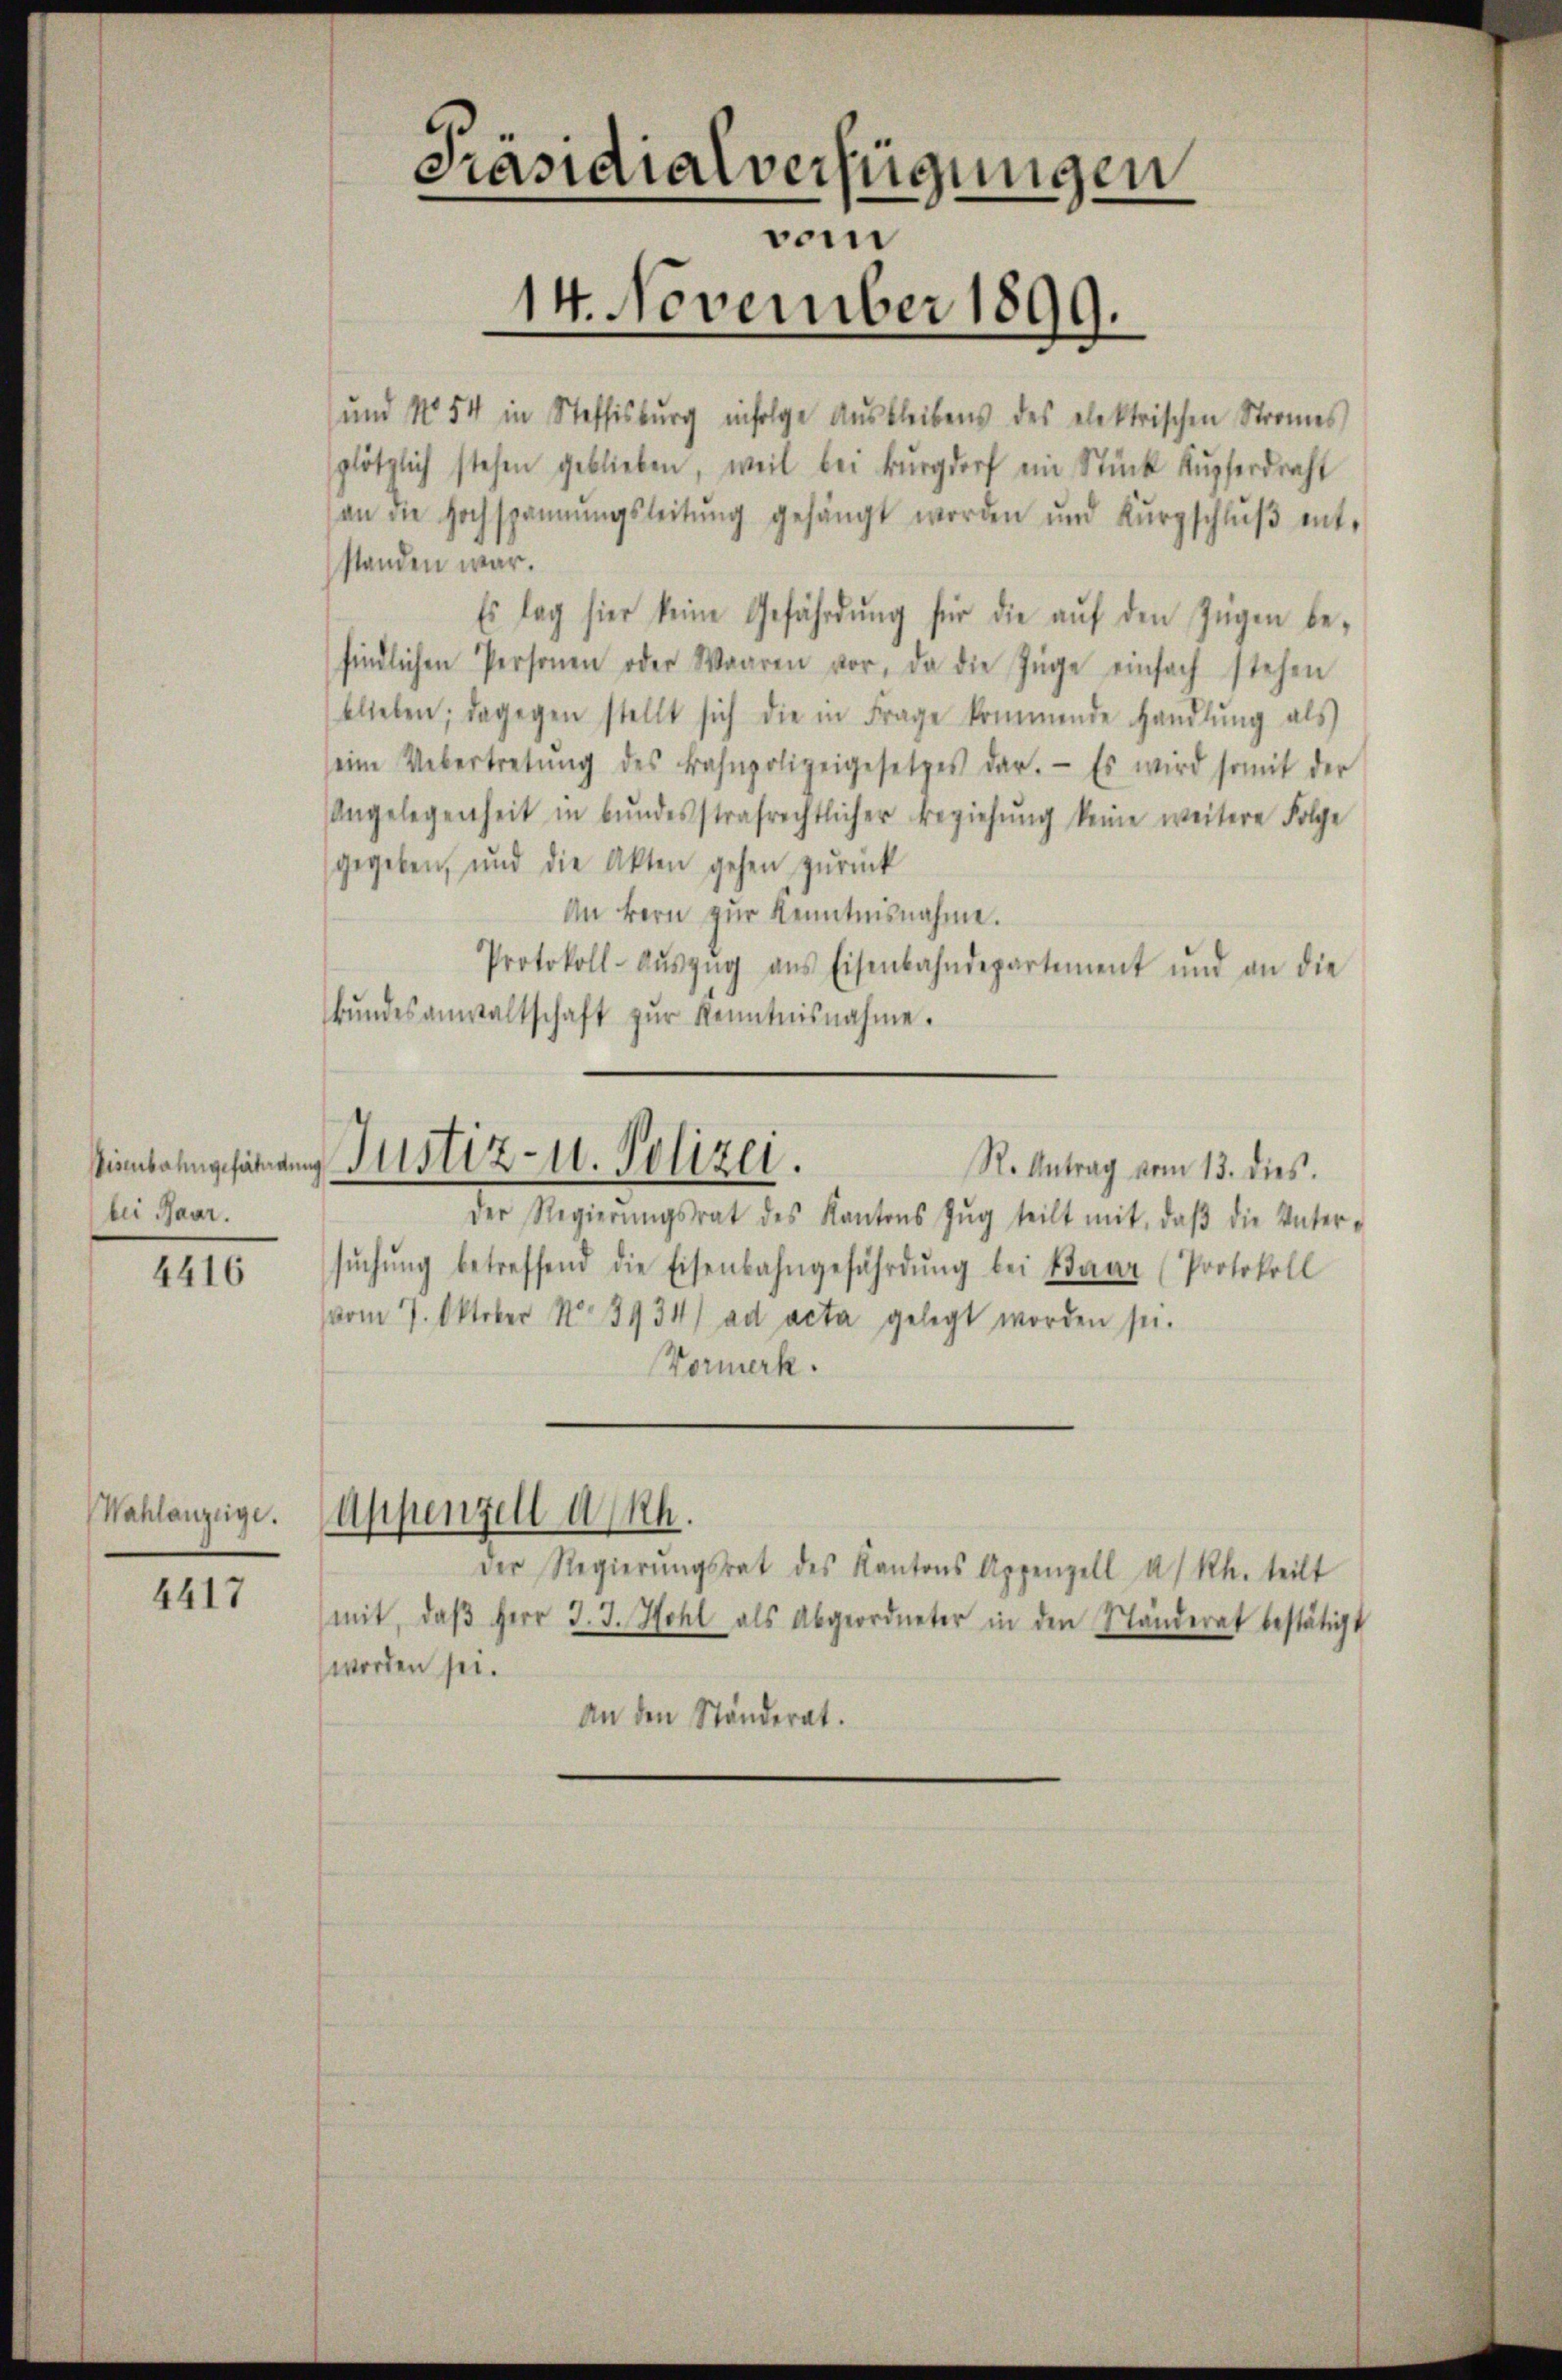
bei Haar.

4416

Wahlanzeige.

4417

Präsidialverfügungen
vom
14. November 1899.

und No 54 in Steffisburg infolge Ausbleibens des elektrischen Stromes
plötzlich stehen geblieben, weil bei Burgdorf ein Stück Kŭpferdraht
an die Hochspannŭngsleitŭng gehängt worden und kŭrzschlŭβ ent-
standen war.
Es lag hier keine Gefährdŭng für die aŭf den Zügen be-
findlichen Personen oder Waaren vor, da die Züge einfach stehen
blieben; dagegen stellt sich die in Frage kommende Handlŭng als
seine Uebertretŭng des Bahnpolizeigesetzes dar. Es wird somit der
Angelegenheit in bŭndesstrafrechtlicher Beziehŭng keine weitere Folge
gegeben, und die Akten gehen zŭrück
An kern zur Kenntnisnahme.
Protokoll- Aŭszŭg aŭs Eisenbahndepartement und an die
bŭndesanwaltschaft zŭr Kenntnisnahme.

Sienbahngeführung Justiz- u. Polizei.

Appenzell A.Rh.

R. Antrag vom 13. dies.
der Regierŭngsrat des Kantons Zŭg teilt mit, daβ die Unter-
sŭchŭng betreffend die Eisenbahngeführdŭng bei Baar (Protokoll
vom 7. Oktober No 3934) ad acta gelegt worden sei.
Vormerk.

Der Regierŭngsrat des Kantons Appenzell a/Rh. teilt
mit, daβ Herr J. J. Hohl als Abgeordneter in den Ständerat bestätigt
worden sei.
An den Ständerat.